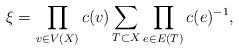
LaTeX: \begin{align*}\xi=\prod_{v\in V(X)}c(v)\sum_{T\subset X}\prod_{e\in E(T)}c(e)^{-1},\end{align*}